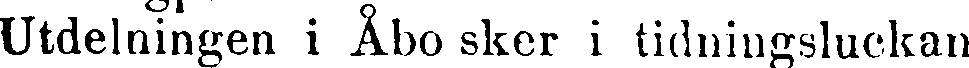
Utdelningen i Åbo sker i tidningsluckan